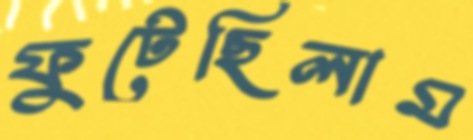
ফুটেছিলাম